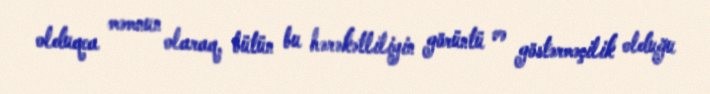
olduqca məmnun olaraq, bütün bu hərəkətliliyin görüntü və göstərməçilik olduğu